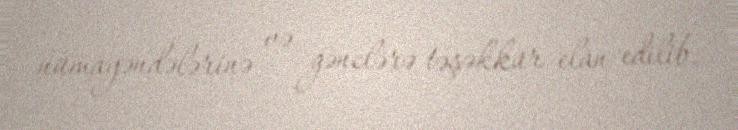
nümayəndələrinə və gənclərə təşəkkür elan edilib.